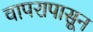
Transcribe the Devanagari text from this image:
वापरापासून